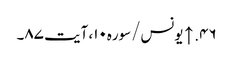
۴۶. ↑ یونس/سوره۱۰، آیت ۸۷۔